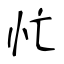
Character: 忙